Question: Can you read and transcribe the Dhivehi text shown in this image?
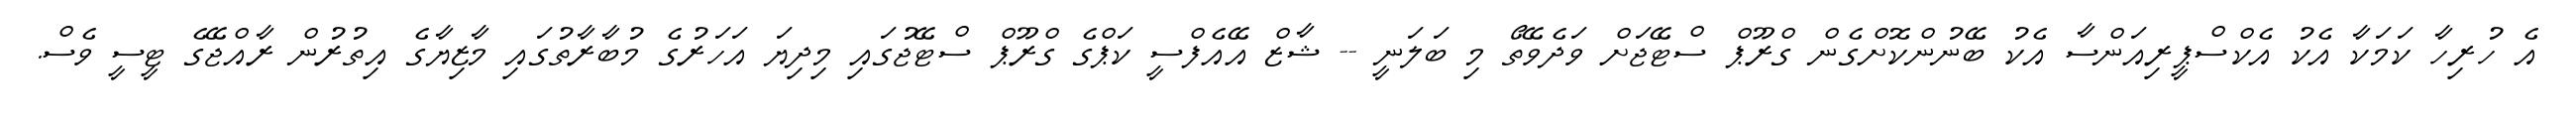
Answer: އެ ހުރިހާ ކަމަކާ އެކު އެކްސްޕީރިއަންސާ އެކު ބޭނުންކޮށްގެން ގްރޫޕް ސްޓޭޖަށް ވަދެވޭތޯ މި ބަލަނީ -- ޝާޒް އޭއެފްސީ ކަޕްގެ ގްރޫޕް ސްޓޭޖުގައި މިދިޔަ އަހަރުގެ މުބާރާތުގައި މާޒިޔާގެ އިތުރުން ރާއްޖޭގެ ޓީސީ ވެސް.